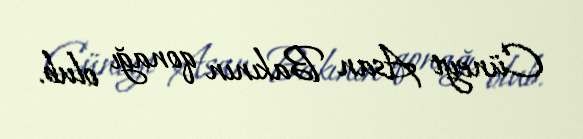
Cüneyt Asan Bakının qonağı olub.